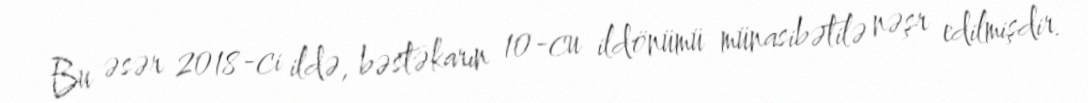
Bu əsər 2018-ci ildə, bəstəkarın 10-cu ildönümü münasibətilə nəşr edilmişdir.